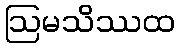
ဩမသိဿထ